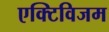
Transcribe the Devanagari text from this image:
एक्टिविजम